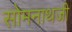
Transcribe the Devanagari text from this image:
सोमनाथजी